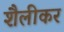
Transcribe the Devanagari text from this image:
शैलीकर